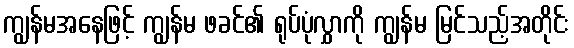
ကျွန်မအနေဖြင့် ကျွန်မ ဖခင်၏ ရုပ်ပုံလွှာကို ကျွန်မ မြင်သည့်အတိုင်း